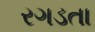
રગડતા